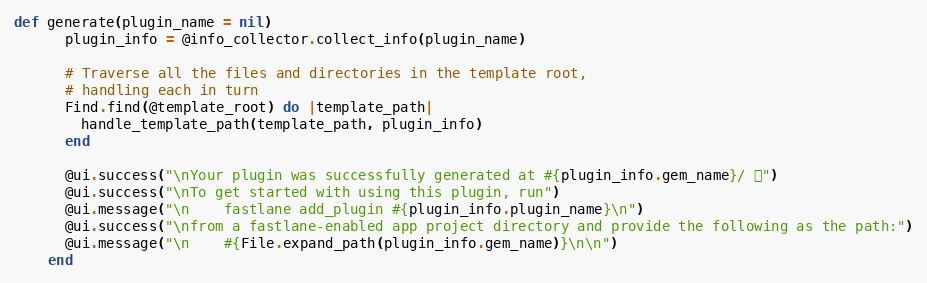
Language: Ruby
def generate(plugin_name = nil)
      plugin_info = @info_collector.collect_info(plugin_name)

      # Traverse all the files and directories in the template root,
      # handling each in turn
      Find.find(@template_root) do |template_path|
        handle_template_path(template_path, plugin_info)
      end

      @ui.success("\nYour plugin was successfully generated at #{plugin_info.gem_name}/ 🚀")
      @ui.success("\nTo get started with using this plugin, run")
      @ui.message("\n    fastlane add_plugin #{plugin_info.plugin_name}\n")
      @ui.success("\nfrom a fastlane-enabled app project directory and provide the following as the path:")
      @ui.message("\n    #{File.expand_path(plugin_info.gem_name)}\n\n")
    end